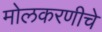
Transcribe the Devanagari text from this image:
मोलकरणीचे